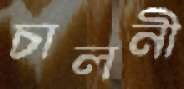
চালনী